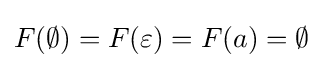
F(\emptyset )=F(\varepsilon )=F(a)=\emptyset